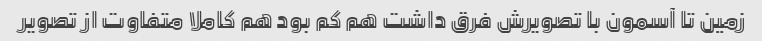
زمین تا آسمون با تصویرش فرق داشت هم کم بود هم کاملا متفاوت از تصویر